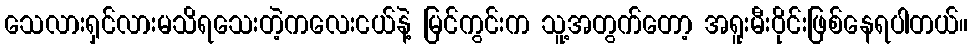
သေလားရှင်လားမသိရသေးတဲ့ကလေးငယ်နဲ့ မြင်ကွင်းက သူ့အတွက်တော့ အရူးမီးဝိုင်းဖြစ်နေရပါတယ်။